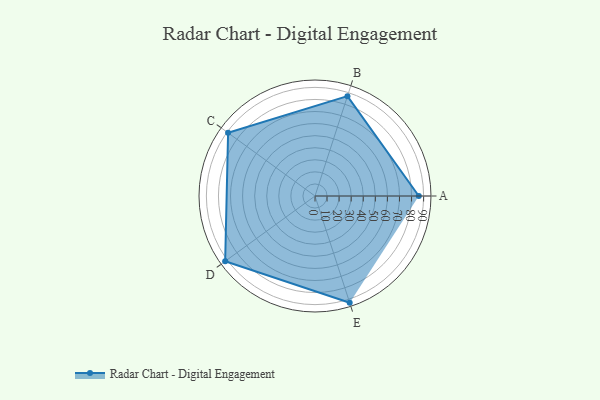
{"axis": {"x": "Skill", "y": "Score"}, "legend": ["Profile"], "data": [{"x": "A", "y": 86.0, "type": "Profile"}, {"x": "B", "y": 87.0, "type": "Profile"}, {"x": "C", "y": 89.0, "type": "Profile"}, {"x": "D", "y": 92.0, "type": "Profile"}, {"x": "E", "y": 93.0, "type": "Profile"}]}